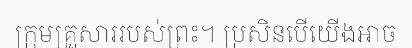
ក្រុមគ្រួសាររបស់ព្រះ។ ប្រសិនបើយើងអាច